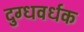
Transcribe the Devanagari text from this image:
दुग्धवर्धक